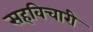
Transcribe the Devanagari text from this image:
सहविचारी